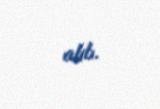
alıb.